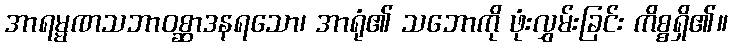
အာရမ္မဏသဘာဝစ္ဆာဒနရသော၊ အာရုံ၏ သဘောကို ဖုံးလွှမ်းခြင်း ကိစ္စရှိ၏။